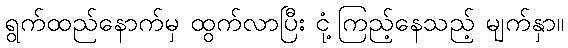
ရွက်ထည်နောက်မှ ထွက်လာပြီး ငုံ့ကြည့်နေသည့် မျက်နှာ။